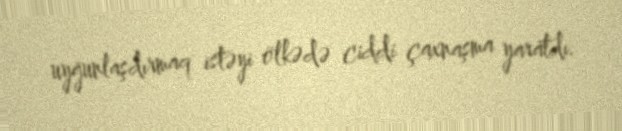
uyğunlaşdırmaq istəyi ölkədə ciddi çaxnaşma yaratdı.